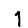
Digit: 1